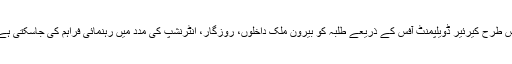
اس طرح کیرئیر ڈویلپمنٹ آفس کے ذریعے طلبہ کو بیرون ملک داخلوں، روزگار، انٹرنشپ کی مدد میں رہنمائی فراہم کی جاسکتی ہے۔